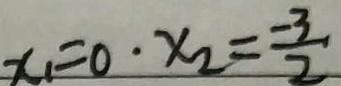
x _ { 1 } = 0 , x _ { 2 } = \frac { - 3 } { 2 }